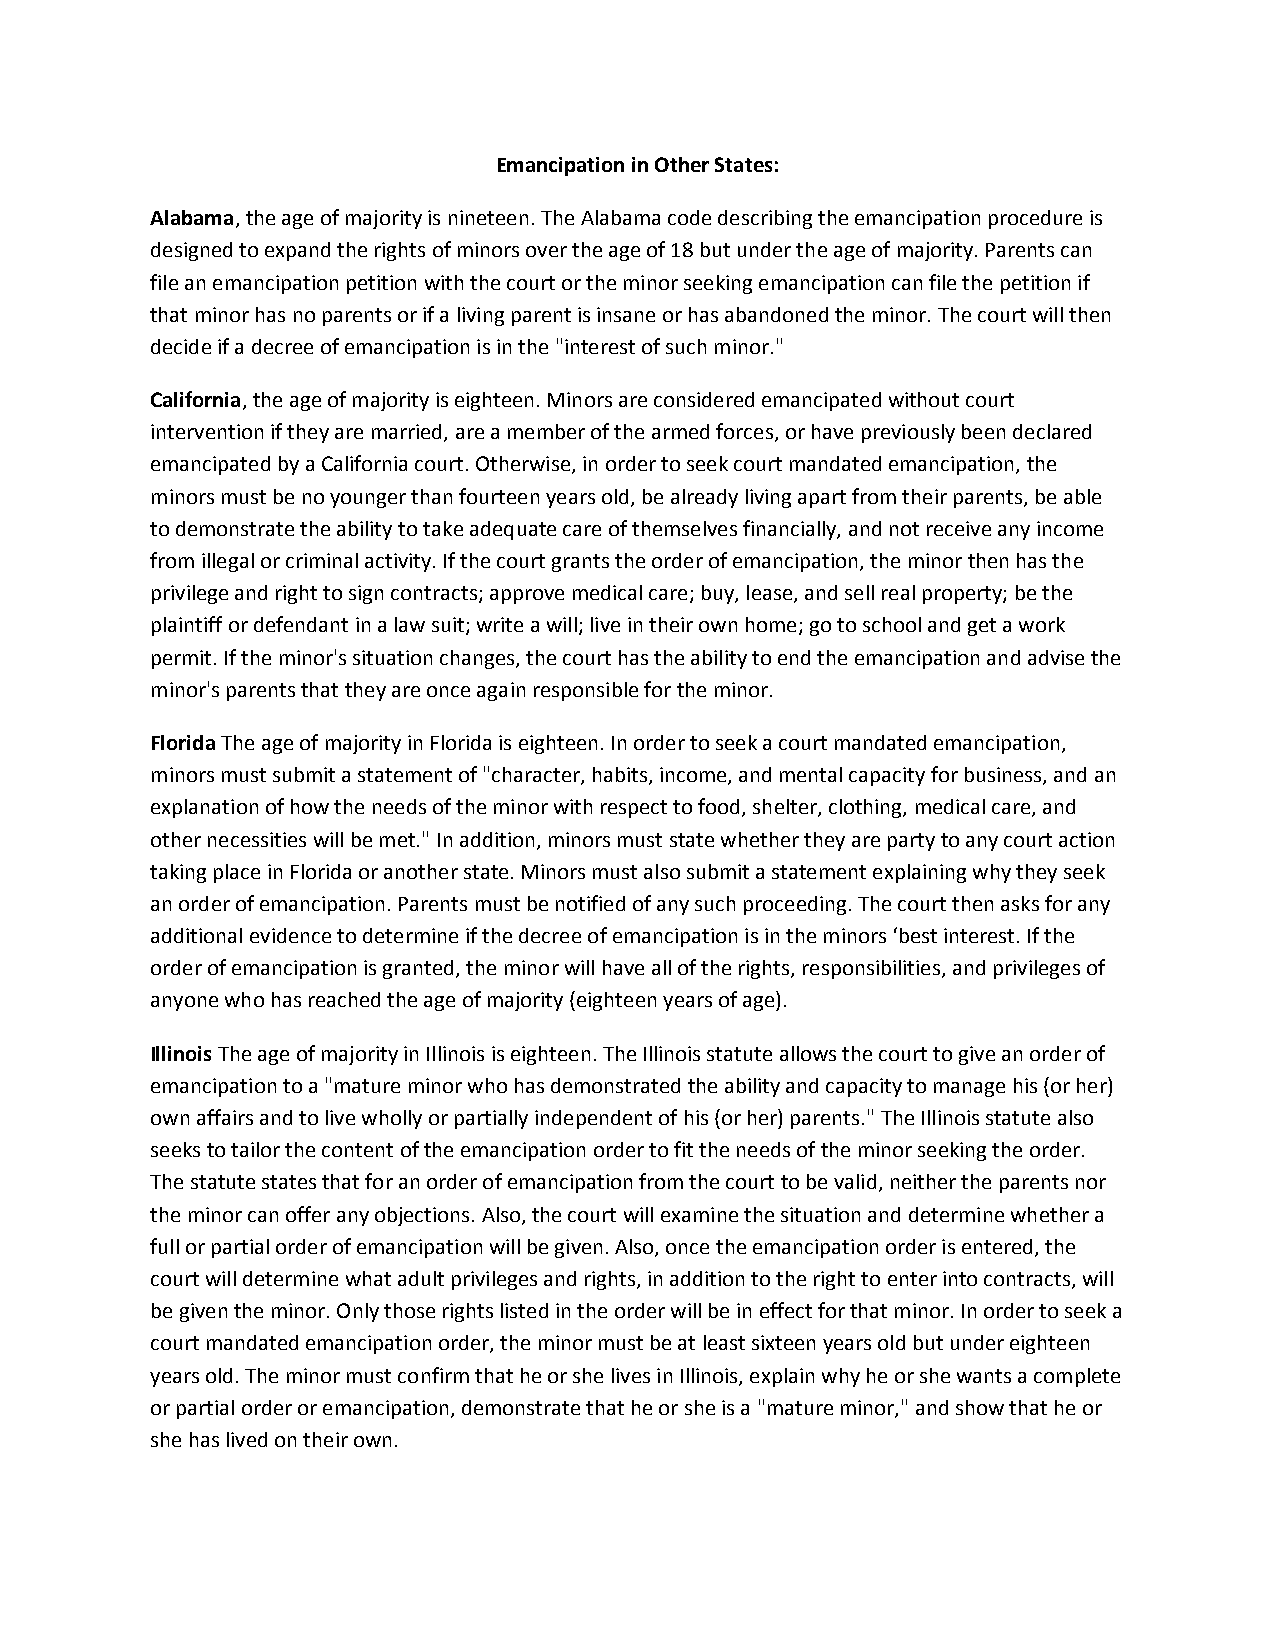
Emancipation in Other States:
 Alabama, the age of majority is nineteen. The Alabama code describing the emancipation procedure is
 designed to expand the rights of minors over the age of 18 but under the age of majority. Parents can
 file an emancipation petition with the court or the minor seeking emancipation can file the petition if
 that minor has no parents or if a living parent is insane or has abandoned the minor. The court will then
 decide if a decree of emancipation is in the "interest of such minor."
 California, the age of majority is eighteen. Minors are considered emancipated without court
 intervention if they are married, are a member of the armed forces, or have previously been declared
 emancipated by a California court. Otherwise, in order to seek court mandated emancipation, the
 minors must be no younger than fourteen years old, be already living apart from their parents, be able
 to demonstrate the ability to take adequate care of themselves financially, and not receive any income
 from illegal or criminal activity. If the court grants the order of emancipation, the minor then has the
 privilege and right to sign contracts; approve medical care; buy, lease, and sell real property; be the
 plaintiff or defendant in a law suit; write a will; live in their own home; go to school and get a work
 permit. If the minor's situation changes, the court has the ability to end the emancipation and advise the
 minor's parents that they are once again responsible for the minor.
 Florida The age of majority in Florida is eighteen. In order to seek a court mandated emancipation,
 minors must submit a statement of "character, habits, income, and mental capacity for business, and an
 explanation of how the needs of the minor with respect to food, shelter, clothing, medical care, and
 other necessities will be met." In addition, minors must state whether they are party to any court action
 taking place in Florida or another state. Minors must also submit a statement explaining why they seek
 an order of emancipation. Parents must be notified of any such proceeding. The court then asks for any
 additional evidence to determine if the decree of emancipation is in the minors ‘best interest. If the
 order of emancipation is granted, the minor will have all of the rights, responsibilities, and privileges of
 anyone who has reached the age of majority (eighteen years of age).
 Illinois The age of majority in Illinois is eighteen. The Illinois statute allows the court to give an order of
 emancipation to a "mature minor who has demonstrated the ability and capacity to manage his (or her)
 own affairs and to live wholly or partially independent of his (or her) parents." The Illinois statute also
 seeks to tailor the content of the emancipation order to fit the needs of the minor seeking the order.
 The statute states that for an order of emancipation from the court to be valid, neither the parents nor
 the minor can offer any objections. Also, the court will examine the situation and determine whether a
 full or partial order of emancipation will be given. Also, once the emancipation order is entered, the
 court will determine what adult privileges and rights, in addition to the right to enter into contracts, will
 be given the minor. Only those rights listed in the order will be in effect for that minor. In order to seek a
 court mandated emancipation order, the minor must be at least sixteen years old but under eighteen
 years old. The minor must confirm that he or she lives in Illinois, explain why he or she wants a complete
 or partial order or emancipation, demonstrate that he or she is a "mature minor," and show that he or
 she has lived on their own.